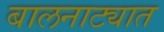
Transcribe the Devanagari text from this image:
बालनाट्यात